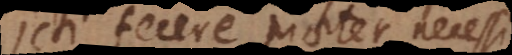
onsulti fecere praeter necessi